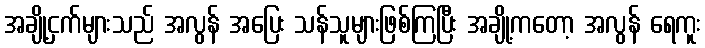
အချို့ငှက်များသည် အလွန် အပြေး သန်သူများဖြစ်ကြပြီး အချို့ကတော့ အလွန် ရေကူး